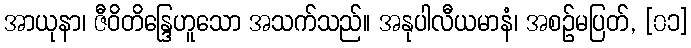
အာယုနာ၊ ဇီဝိတိန္ဒြေဟူသော အသက်သည်။ အနုပါလီယမာနံ၊ အစဉ်မပြတ်, [၀၁]